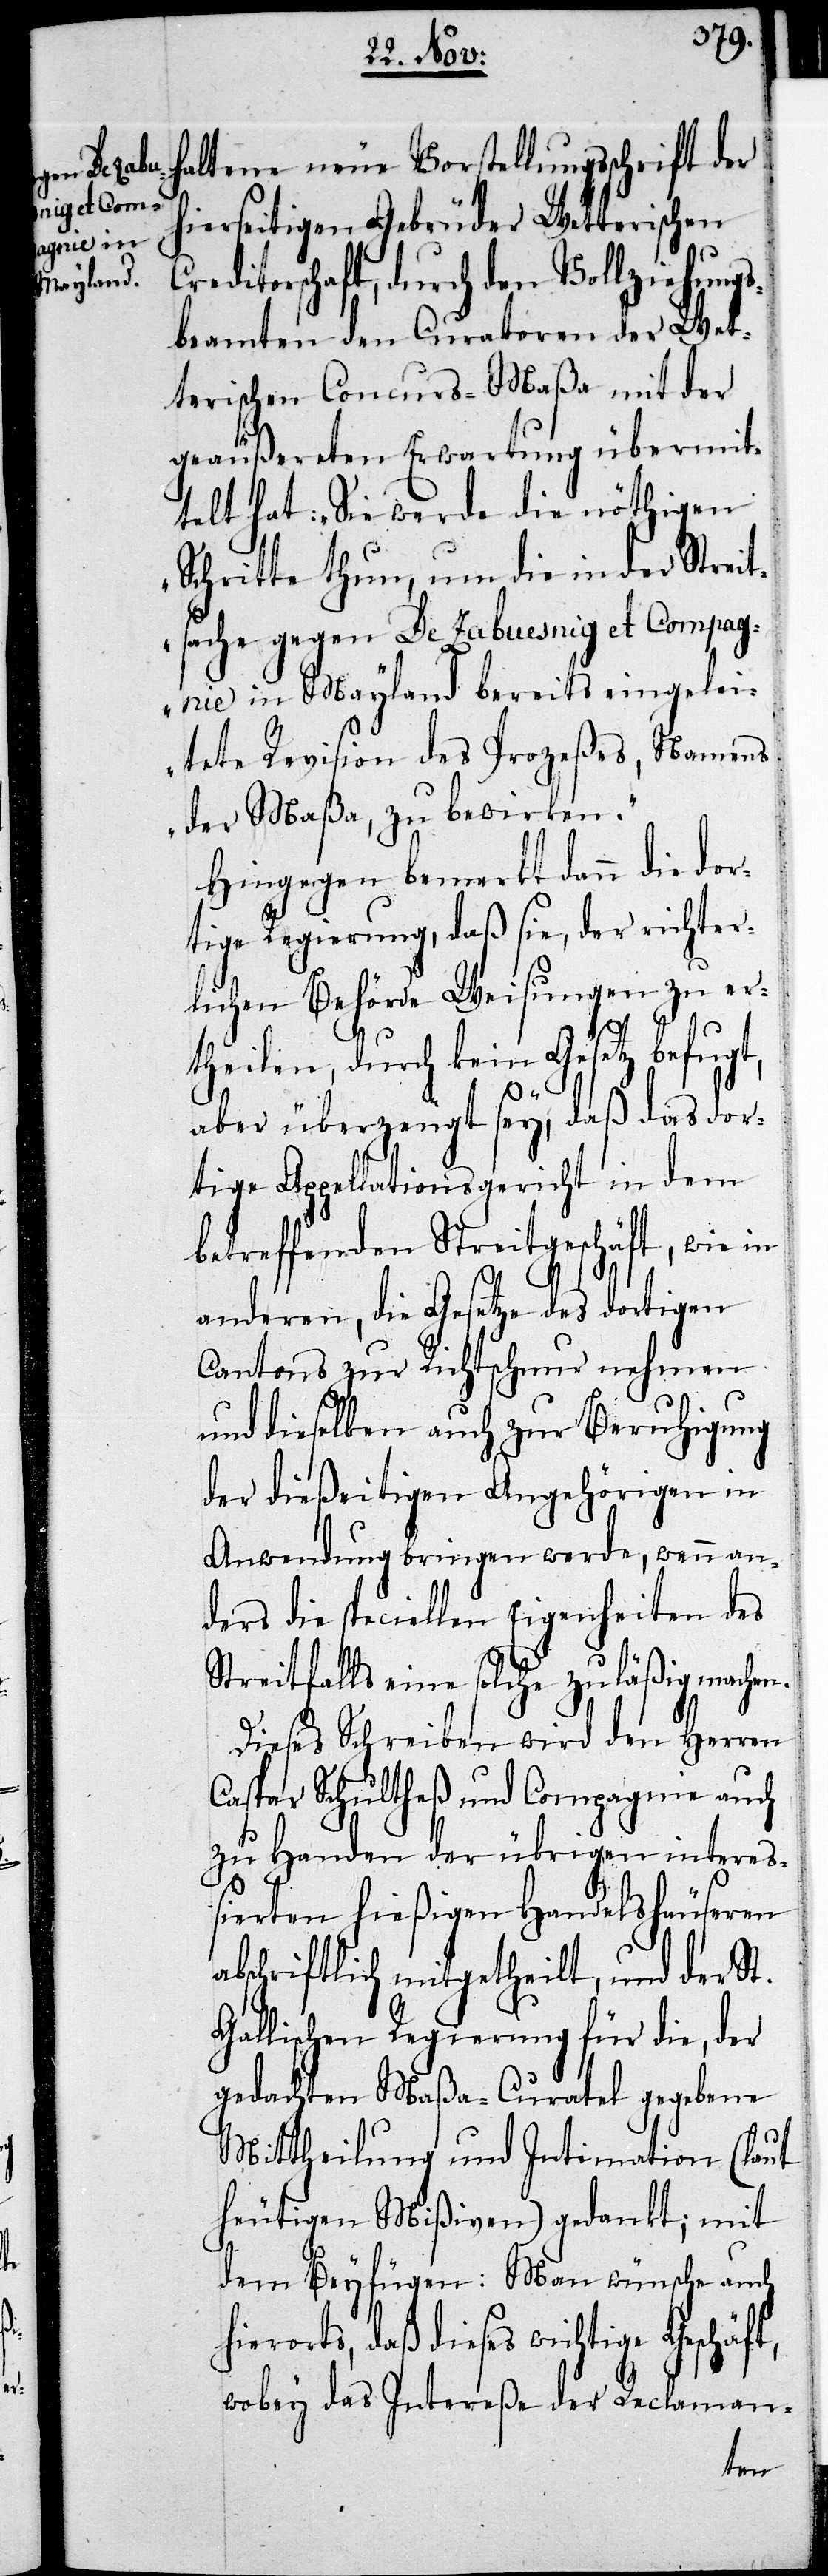
t,

hier¬

haltene neue Vorstellungsschrift der
hierseitigen Gebrüder Wetterischen
Creditorschaft, durch den Vollziehungs¬
beamten den Curatoren der Wet¬
terischen Concurs-Maßa mit der
geäußereten Erwartung übermit¬
telt hat: „Sie werde die nöthigen
Schritte thun, um die in der Streit¬
sache gegen De Zabuesnig et Compag¬
nie in Mayland bereits eingelei¬
tete Revision des Prozeßes, Namens
der Maßa, zu bewirken.“
Hingegen bemerkt dann die dor¬
tige Regierung, daß sie, der richter¬
lichen Behörde Weisungen zu ert¬
heilen, durch kein Gesetz befug¬
aber überzeugt sey, daß das dor¬
tige Appellationsgericht in dem
betreffenden Streitgeschäft, wie in
anderen, die Gesetze des dortigen
Cantons zur Richtschnur nehmen
und dieselben auch zur Beruhigung
der dießeitigen Angehörigen in
Anwendung bringen werde, wenn an¬
ders die speciellen Eigenheiten des
Streitfalls eine solche zuläßig machen.
Dieses Schreiben wird den Herren
Caspar Schultheß und Compagnie auch
zu Handen der übrigen intere¬
ßierten hießigen Handelshäuseren
abschriftlich mitgetheilt, und der St.
Gallischen Regierung für die, der
gedachten Maßa-Curatel gegebene
Mittheilung und Intimation (laut
heutigen Mißiven) gedankt; mit
dem Beyfügen: Man wünsche auch
seits, daß dieses wichtige Geschäft,
wobey das Intereße der Reclaman-